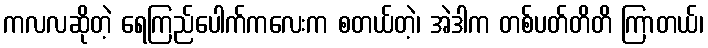
ကလလဆိုတဲ့ ရေကြည်ပေါက်ကလေးက စတယ်တဲ့၊ အဲဒါက တစ်ပတ်တိတိ ကြာတယ်၊